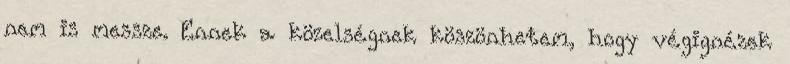
nem is messze. Ennek a közelségnek köszönhetem, hogy végignézek